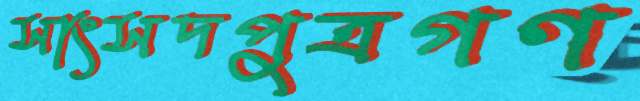
সাংসদপুত্রগণ